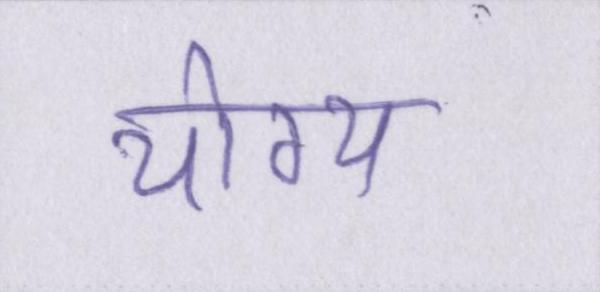
योग्य